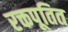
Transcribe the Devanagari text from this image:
रक्तपूतित